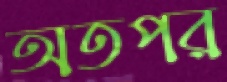
অতপর